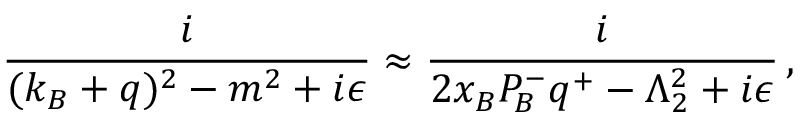
{ \frac { i } { ( k _ { B } + q ) ^ { 2 } - m ^ { 2 } + i \epsilon } } \approx { \frac { i } { 2 x _ { B } P _ { \! B } ^ { - } q ^ { + } - \Lambda _ { 2 } ^ { 2 } + i \epsilon } } \, ,